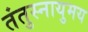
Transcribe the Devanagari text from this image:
तंतुस्नायुमय